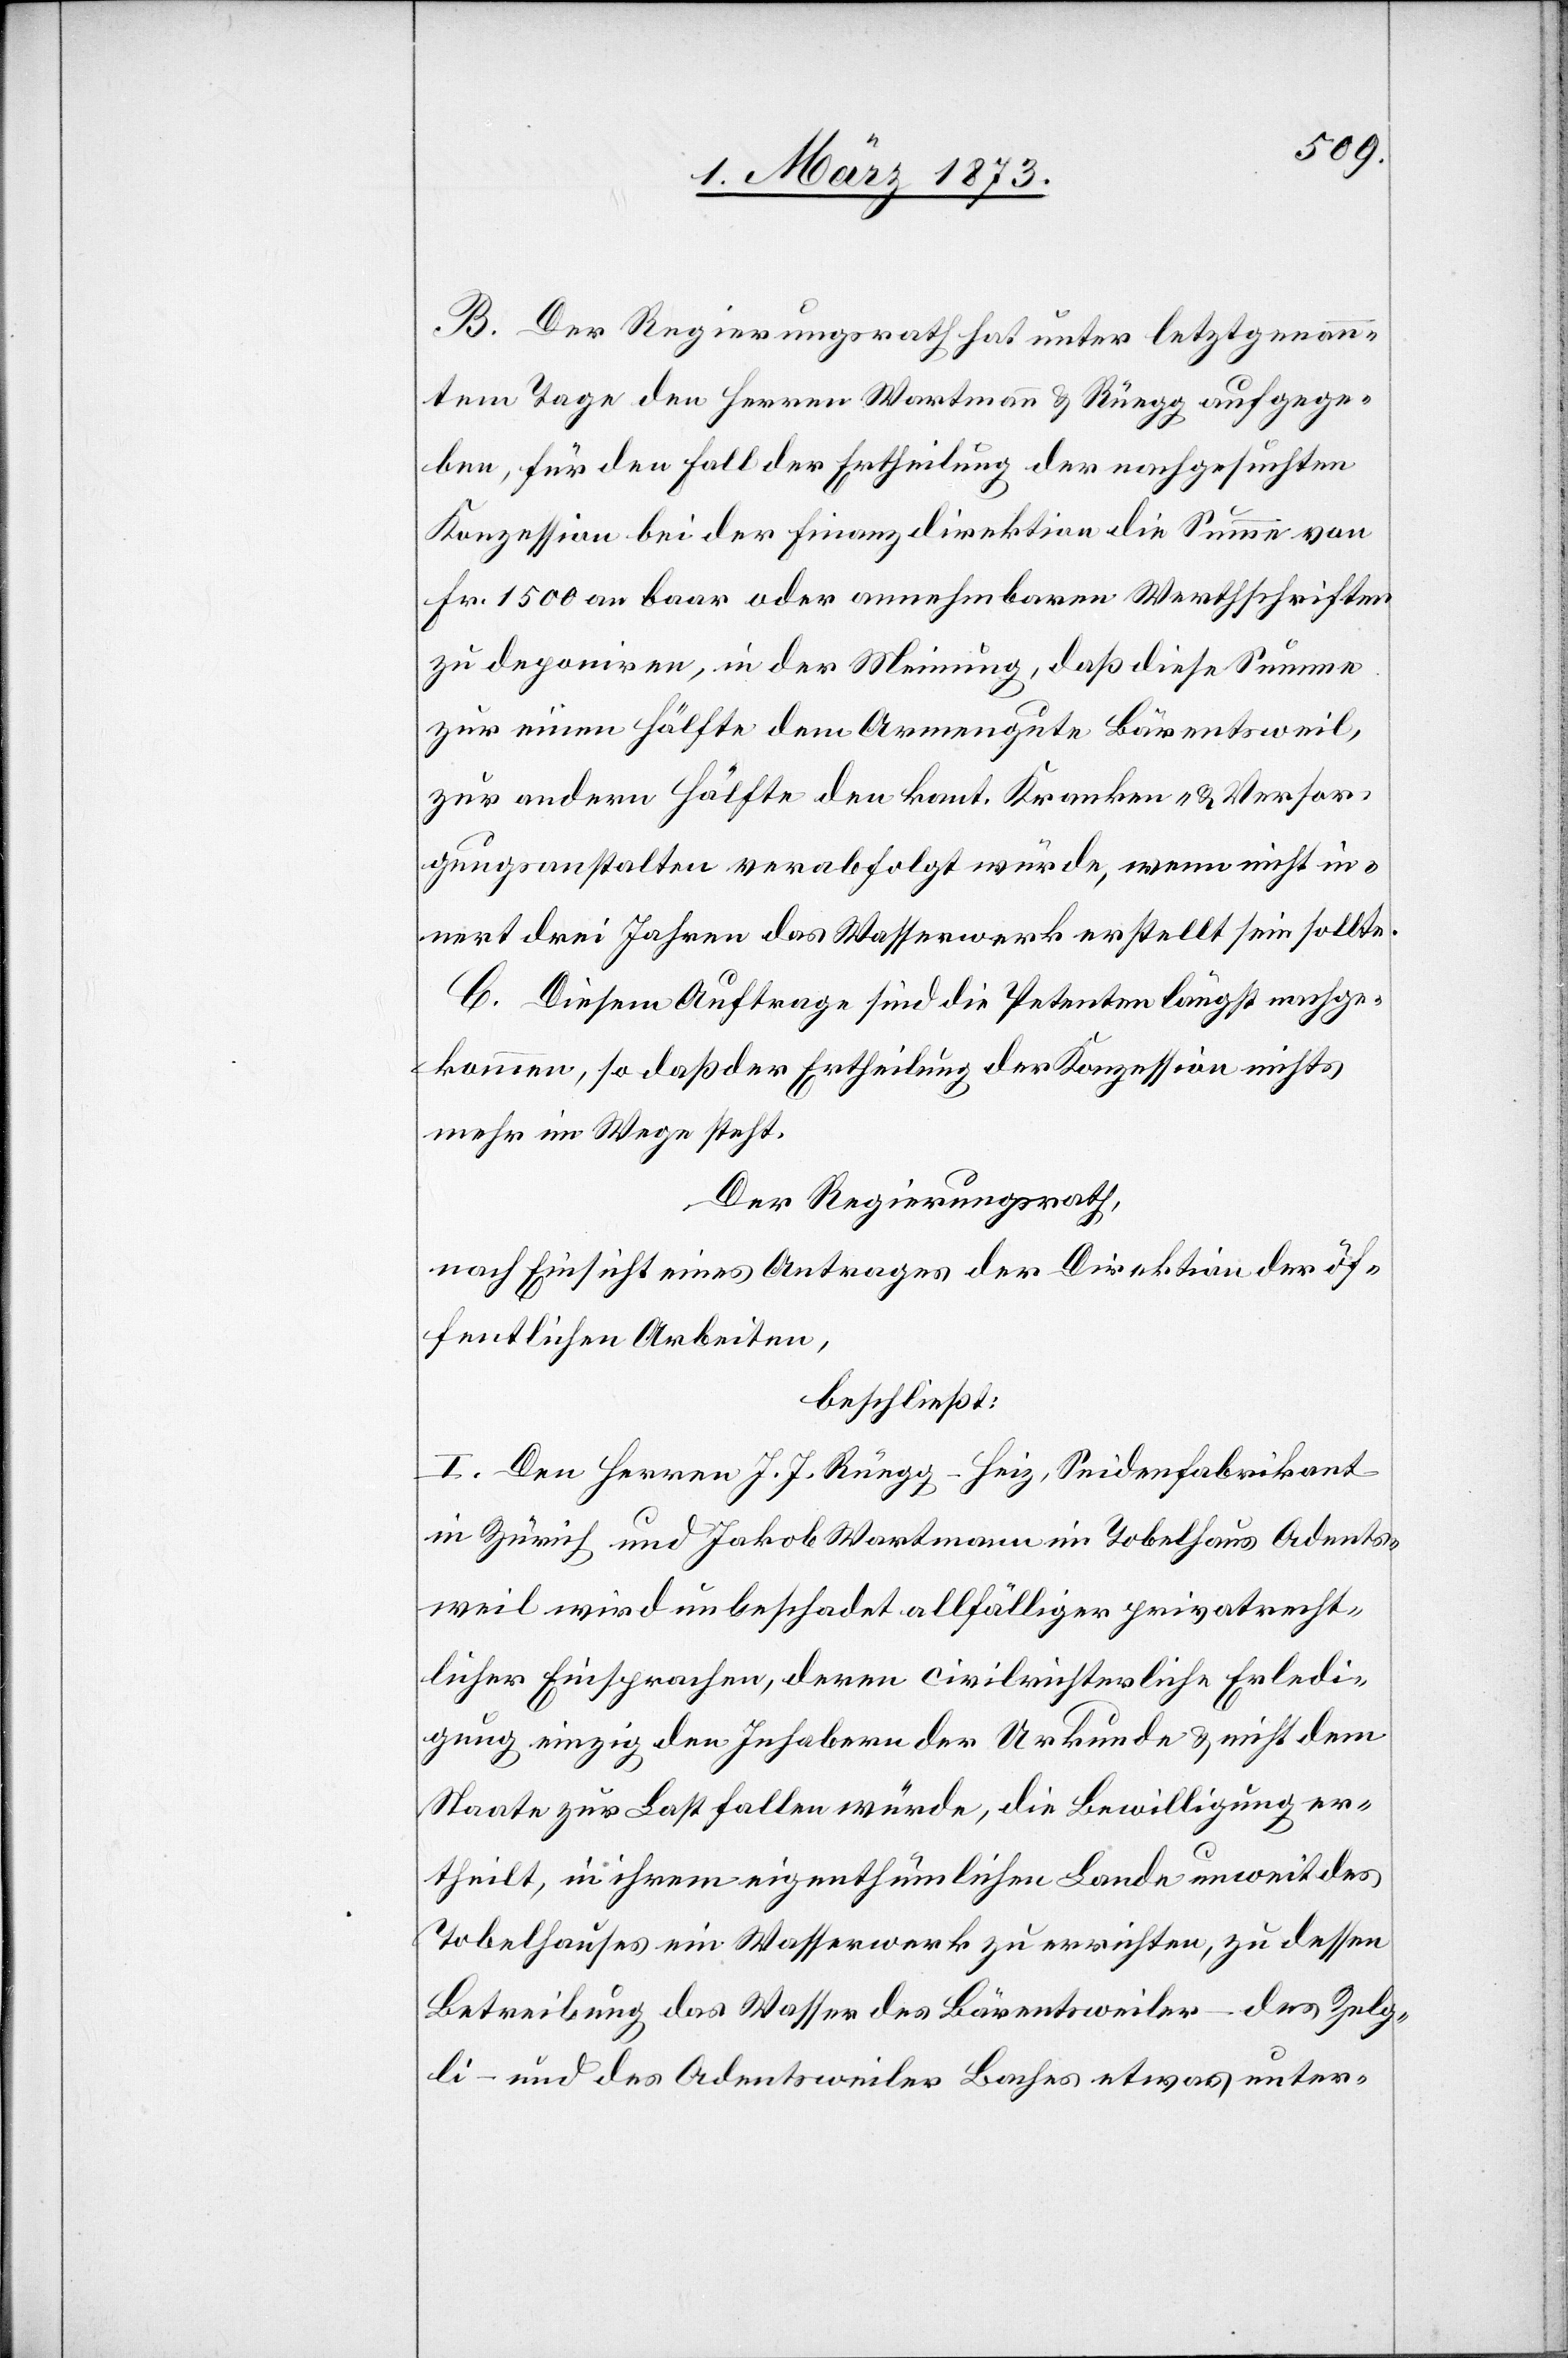
B. Der Regierungsrath hat unter letztgenann¬
tem Tage den Herren Wartmann u. Rüegg aufgege¬
ben, für den Fall der Ertheilung der nachgesuchten
Konzession bei der Finanzdirektion die Summe von
Fr. 1500 an baar oder annehmbaren Werthschriften
zu deponiren, in der Meinung, daß diese Summe
zur einen Hälfte den kant. Kranken- u. Versor¬
gungsanstalten verabfolgt würde, wenn nicht in¬
nert drei Jahren das Wasserwerk erstellt sein sollte.
C. Diesem Auftrage sind die Petenten längst nachge¬
kommen, so daß der Ertheilung der Konzession nichts
mehr im Wege steht.
Der Regierungsrath,
nach Einsicht eines Antrages der Direktion der öf¬
fentlichen Arbeiten,
beschließt:
I. Den Herren J. J. Rüegg-Heiz, Seidenfabrikant
in Zürich und Jakob Wartmann im Tobelhaus Adents¬
weil wird unbeschadet allfälliger privatrecht¬
licher Einsprachen, deren civilrichterliche Erledi¬
gung einzig den Inhabern der Urkunde u. nicht dem
Staate zur Last fallen würde, die Bewilligung er¬
theilt in ihrem eigenthümlichen Lande unweit des
Tobelhauses ein Wasserwerk zu errichten, zu dessen
Betreibung das Wasser des Bärentsweiler – des Zelg¬
li – und des Adentsweiler Baches etwas unter-